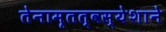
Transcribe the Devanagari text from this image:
तेनामृतत्वस्येशाने